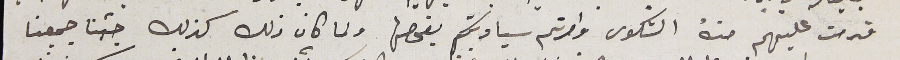
قدمت عليهم منهُ الشكوى وامرتم سيادتكم بفحصها ولما كان ذلك كذلك جئنا جميعنا